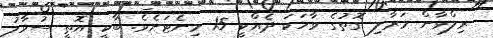
ރިލްވާން މަރާލި ގޮތުގެ ވާހަކަ ދެއްކީ 15 މިނެޓަށެވެ. ބާކީ އޮތީ ސުވާލު